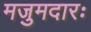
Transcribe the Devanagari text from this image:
मजुमदारः